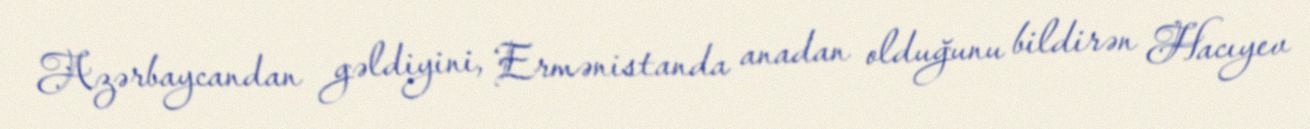
Azərbaycandan gəldiyini, Ermənistanda anadan olduğunu bildirən Hacıyev